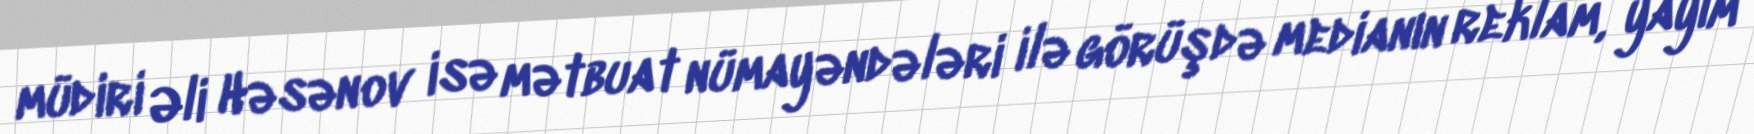
müdiri Əli Həsənov isə mətbuat nümayəndələri ilə görüşdə medianın reklam, yayım